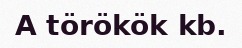
A törökök kb.